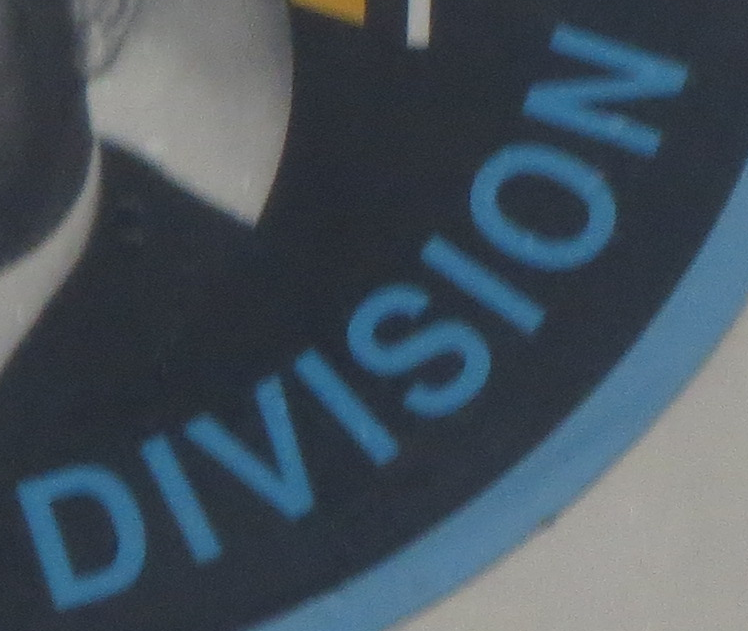
DIVISION